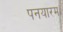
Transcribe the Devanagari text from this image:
पनयारम